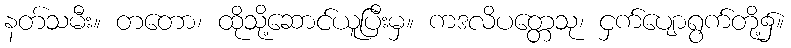
နတ်သမီး။ တတော၊ ထိုသို့ဆောင်ယူပြီးမှ။ ကဒလိပတ္တေသု၊ ငှက်ပျောရွက်တို့၌။